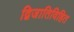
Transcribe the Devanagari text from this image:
द्विजातिविहित